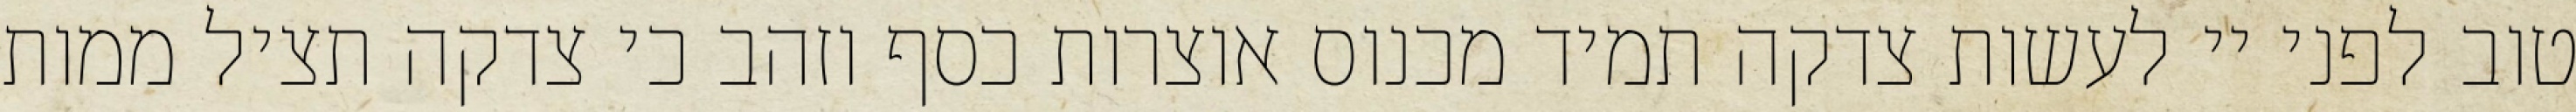
טוב לפני יי לעשות צדקה תמיד מכנוס אוצרות כסף וזהב כי צדקה תציל ממות